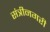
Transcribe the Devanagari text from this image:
संत्रीनगरी